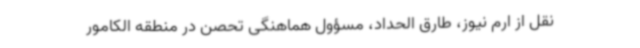
نقل از ارم نیوز، طارق الحداد، مسؤول هماهنگی تحصن در منطقه الکامور